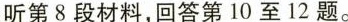
听第8段材料,回答第10至12题。